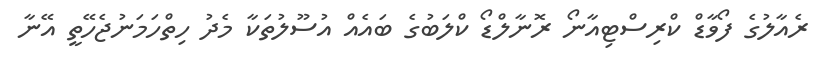
ރެއާލުގެ ފޯވާޑް ކްރިސްޓިއާނޯ ރޮނާލްޑޯ ކްލަބުގެ ބައެއް އުސޫލުތަކާ މެދު ހިތްހަމަނުޖެހޭތީ އޭނާ